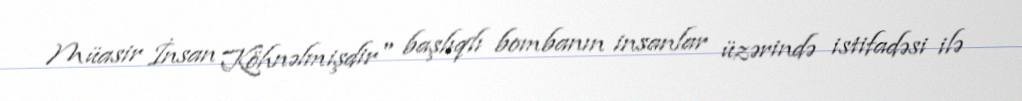
Müasir İnsan Köhnəlmişdir" başlıqlı bombanın insanlar üzərində istifadəsi ilə